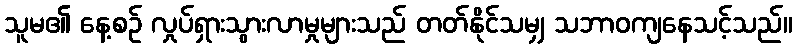
သူမ၏ နေ့စဉ် လှုပ်ရှားသွားလာမှုများသည် တတ်နိုင်သမျှ သဘာဝကျနေသင့်သည်။